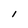
Character: l